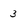
Character: 3